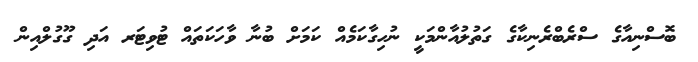
ބޮސްނިއާގެ ސްރެބްރެނިކާގެ ގަތުލުއާންމަކީ ނުހިގާކަމެއް ކަމަށް ބުނާ ވާހަކަތައް ޓުވިޓަރ އަދި ގޫގުލްއިން